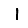
Digit: 1